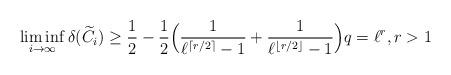
LaTeX: \begin{align*} \liminf_{i \to \infty}\delta(\widetilde{C}_i) \ge \frac{1}{2}-\frac{1}{2}\Bigl(\frac{1}{\ell^{\lceil r/2\rceil}-1}+\frac{1}{\ell^{\lfloor r/2\rfloor}-1}\Bigr) q = \ell^r, r>1 \end{align*}